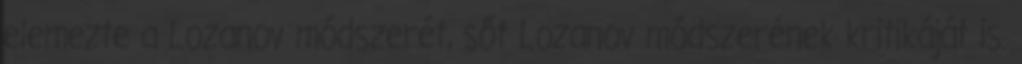
elemezte a Lozanov módszerét, sőt Lozanov módszerének kritikáját is.